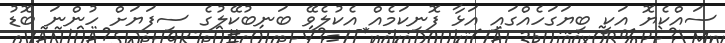
ސައްކެޔޮ އަކީ ބިޔަގަހެއްގައި އަޅާ ފޮނިކަމެއް އެކުލެވޭ ބަނބުކޭލުގެ ސިފަޔަށް ހުންނަ ބޮޑު